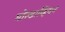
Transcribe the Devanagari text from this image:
मोल्डाव्हियन